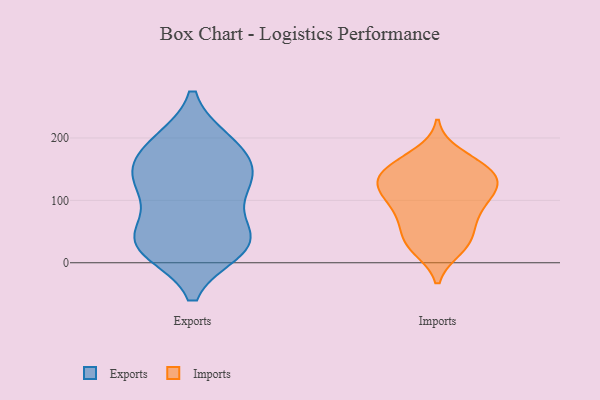
{"axis": {"x": "Satisfaction Score", "y": "Value"}, "legend": ["Exports", "Imports"], "data": [{"x": "", "y": 22, "type": "Exports"}, {"x": "", "y": 152, "type": "Exports"}, {"x": "", "y": 189, "type": "Exports"}, {"x": "", "y": 46, "type": "Exports"}, {"x": "", "y": 29, "type": "Exports"}, {"x": "", "y": 138, "type": "Exports"}, {"x": "", "y": 117, "type": "Exports"}, {"x": "", "y": 46, "type": "Exports"}, {"x": "", "y": 24, "type": "Exports"}, {"x": "", "y": 35, "type": "Exports"}, {"x": "", "y": 123, "type": "Exports"}, {"x": "", "y": 192, "type": "Exports"}, {"x": "", "y": 185, "type": "Exports"}, {"x": "", "y": 131, "type": "Exports"}, {"x": "", "y": 120, "type": "Imports"}, {"x": "", "y": 151, "type": "Imports"}, {"x": "", "y": 71, "type": "Imports"}, {"x": "", "y": 94, "type": "Imports"}, {"x": "", "y": 156, "type": "Imports"}, {"x": "", "y": 130, "type": "Imports"}, {"x": "", "y": 127, "type": "Imports"}, {"x": "", "y": 104, "type": "Imports"}, {"x": "", "y": 37, "type": "Imports"}, {"x": "", "y": 23, "type": "Imports"}, {"x": "", "y": 35, "type": "Imports"}, {"x": "", "y": 123, "type": "Imports"}, {"x": "", "y": 66, "type": "Imports"}, {"x": "", "y": 26, "type": "Imports"}, {"x": "", "y": 150, "type": "Imports"}, {"x": "", "y": 118, "type": "Imports"}, {"x": "", "y": 81, "type": "Imports"}, {"x": "", "y": 173, "type": "Imports"}, {"x": "", "y": 150, "type": "Imports"}]}